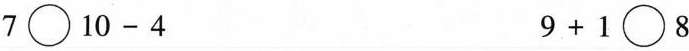
7\bigcirc10-4 9+1\bigcirc8